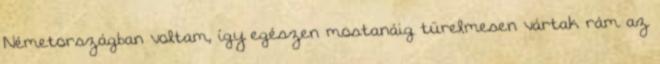
Németországban voltam, így egészen mostanáig türelmesen vártak rám az